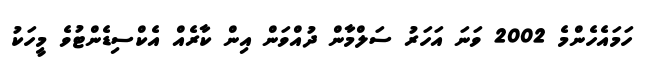
ހަަމައެހެންމެ 2002 ވަނަ އަހަރު ސަލްމާން ދުއްވަން އިން ކާރެއް އެކްސިޑެންޓުވެ މީހަކު